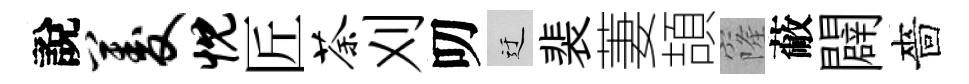
說菱忱匠荼刈叨迂裴萋頡窿蔽闢嗇